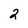
Character: 2